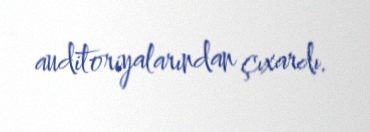
auditoriyalarından çıxardı.